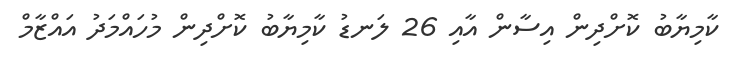
ކާމިޔާބު ކޮށްދިން އިސާން އާއި 26 ލަނޑު ކާމިޔާބު ކޮށްދިން މުހައްމަދު އައްޒާމް